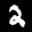
Label: 2